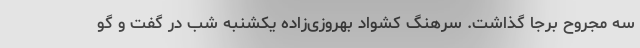
سه مجروح برجا گذاشت. سرهنگ کشواد بهروزی‌زاده یکشنبه شب در گفت و گو